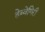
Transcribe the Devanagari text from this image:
हेब्बेगिरी